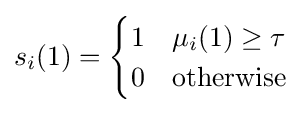
s_{i}(1)={\begin{cases}1&\mu _{i}(1)\geq \tau \\0&{\text{otherwise}}\end{cases}}